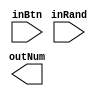
`timescale 1ns / 1ps
//////////////////////////////////////////////////////////////////////////////////
// Company: 
// Engineer: 
// 
// Design Name: 
// Module Name: randomGen
// Project Name: 
// Target Devices: 
// Tool Versions: 
// Description: 
// 
// Dependencies: 
// 
// Revision:
// Revision 0.01 - File Created
// Additional Comments:
// 
//////////////////////////////////////////////////////////////////////////////////


module randomGen(
    input [1:0] inBtn,
    input [3:0] inRand,
    output reg [3:0]outNum
    );
reg [3:0] to_out;
always@*
if(inBtn==2'b01)
begin 
to_out[3:0]=inRand[3:0];    
end    
endmodule